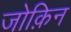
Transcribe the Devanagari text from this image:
जोक़िन